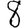
Digit: 8